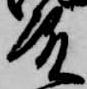
殿